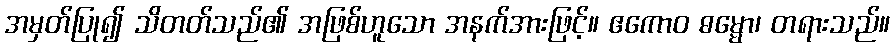
အမှတ်ပြု၍ သိတတ်သည်၏ အဖြစ်ဟူသော အနက်အားဖြင့်။ ဧကောဝ ဓမ္မော၊ တရားသည်။